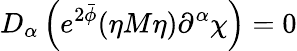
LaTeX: D_{\alpha}\left(e^{2\bar{\phi}}(\eta M\eta)\partial^{\alpha}\chi\right)=0